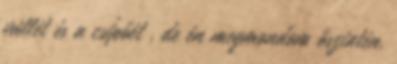
vállét és a csípőét , de én megmondom őszintén,